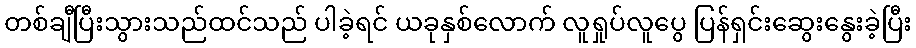
တစ်ချီပြီးသွားသည်ထင်သည် ပါခဲ့ရင် ယခုနှစ်လောက် လူရှုပ်လူပွေ ပြန်ရှင်းဆွေးနွေးခဲ့ပြီး